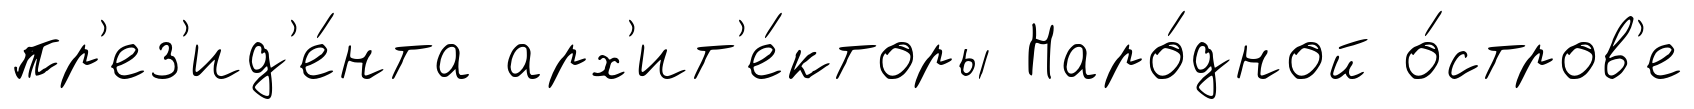
пр'ез'ид'е́нта арх'ит'е́кторы Наро́дной о́стров'е